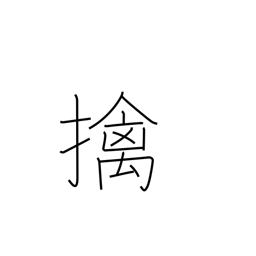
Meaning: a captive